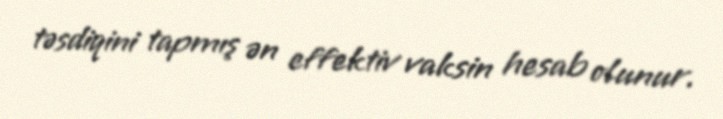
təsdiqini tapmış ən effektiv vaksin hesab olunur.